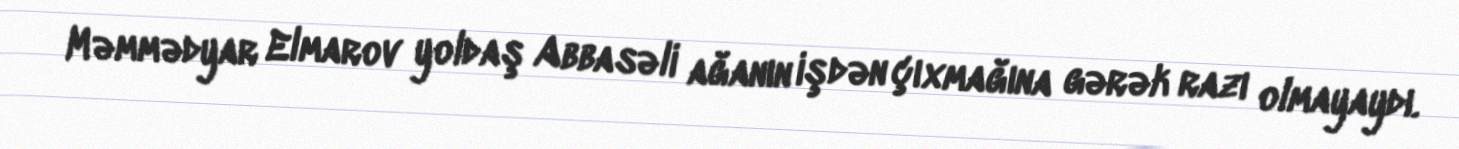
Məmmədyar Elmarov yoldaş Abbasəli ağanın işdən çıxmağına gərək razı olmayaydı.